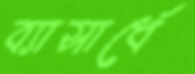
ব্যাসার্ধে